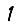
Digit: 1